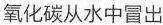
氧化碳从水中冒出